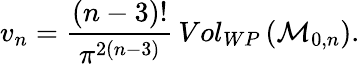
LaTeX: v_{n}=\frac{(n-3)!}{\pi^{2(n-3)}}\, Vol_{WP}\left({\cal M}_{0,n}\right).